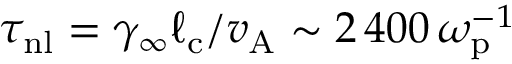
\tau _ { \mathrm { n l } } = \gamma _ { \infty } \ell _ { \mathrm { c } } / v _ { \mathrm { A } } \sim 2 \, 4 0 0 \, \omega _ { \mathrm { p } } ^ { - 1 }